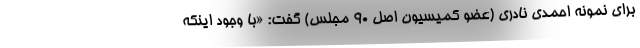
برای نمونه احمدی نادری (عضو کمیسیون اصل ۹۰ مجلس) گفت: «با وجود اینکه